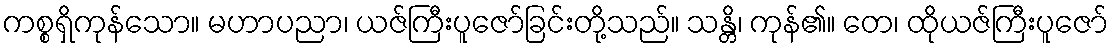
ကစ္စရှိကုန်သော။ မဟာပညာ၊ ယဇ်ကြီးပူဇော်ခြင်းတို့သည်။ သန္တိ၊ ကုန်၏။ တေ၊ ထိုယဇ်ကြီးပူဇော်